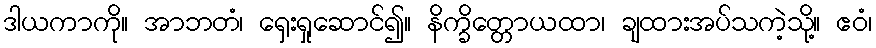
ဒါယကာကို။ အာဘတံ၊ ရှေးရှုဆောင်၍။ နိက္ခိတ္တောယထာ၊ ချထားအပ်သကဲ့သို့။ ဧဝံ၊